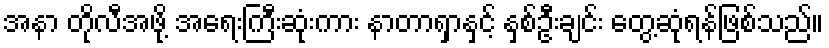
အနာ တိုလီအဖို့ အရေးကြီးဆုံးကား နာတာရှာနှင့် နှစ်ဦးချင်း တွေ့ဆုံရန်ဖြစ်သည်။